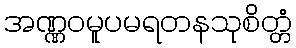
အဏ္ဏဝမူပမရတနသုစိတ္တံ